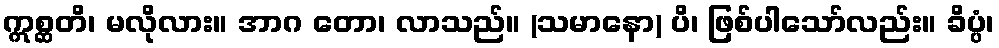
ဣစ္ဆတိ၊ မလိုလား။ အာဂ တော၊ လာသည်။ (သမာနော) ပိ၊ ဖြစ်ပါသော်လည်း။ ခိပ္ပံ၊